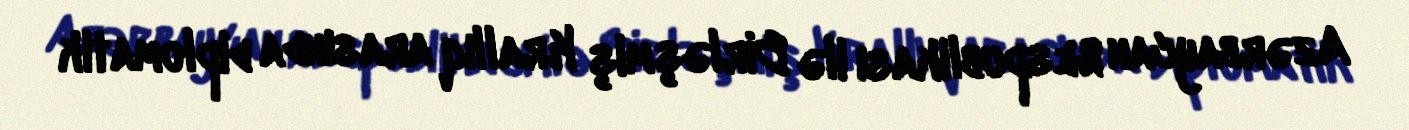
Azərbaycan Respublikası ilə Birləşmiş Krallıq arasında diplomatik